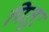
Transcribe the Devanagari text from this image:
पितुः